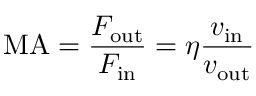
\mathrm { M A } = { \frac { F _ { \mathrm { o u t } } } { F _ { \mathrm { i n } } } } = \eta { \frac { v _ { \mathrm { i n } } } { v _ { \mathrm { o u t } } } }